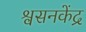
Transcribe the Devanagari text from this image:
श्वसनकेंद्र